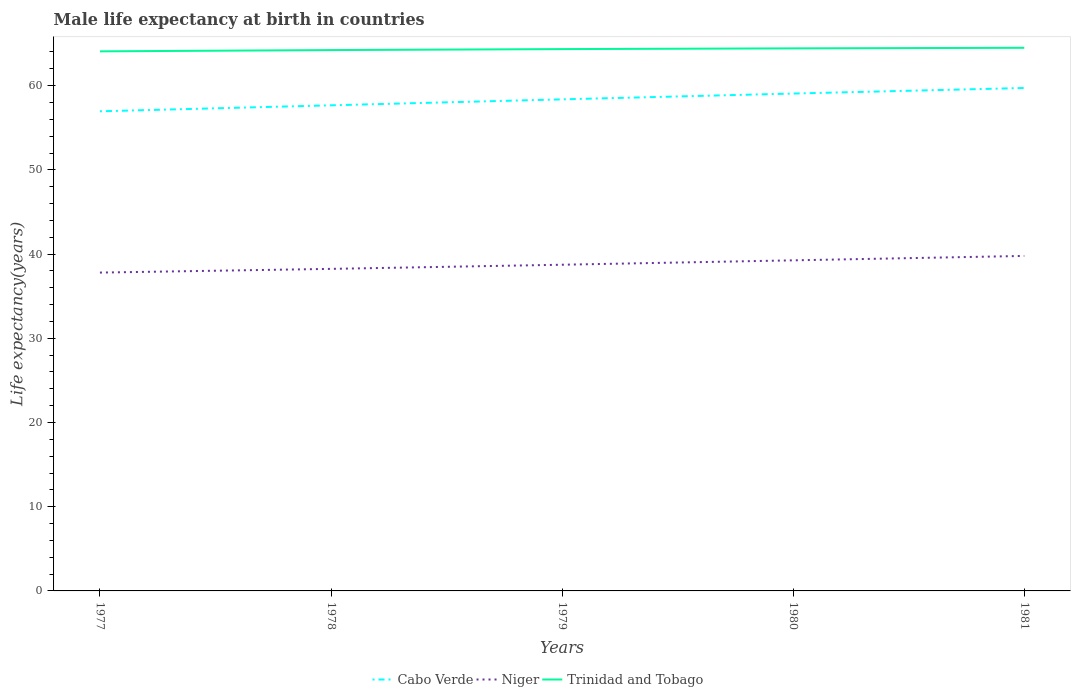
| Years | Cabo Verde | Niger | Trinidad and Tobago |
 | --- | --- | --- | --- |
 | 1977 | 57 | 37.8 | 64.1 |
 | 1978 | 57.7 | 38.2 | 64.2 |
 | 1979 | 58.4 | 38.7 | 64.3 |
 | 1980 | 59.1 | 39.3 | 64.4 |
 | 1981 | 59.7 | 39.8 | 64.5 |